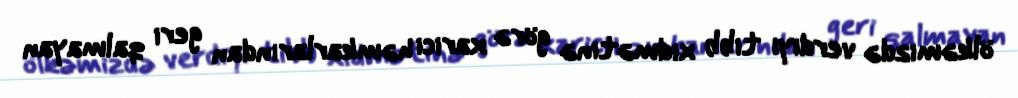
ölkəmizdə verdiyi tibb xidmətinə görə xarici həmkarlarından geri qalmayan